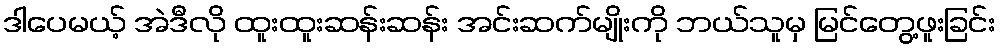
ဒါပေမယ့် အဲဒီလို ထူးထူးဆန်းဆန်း အင်းဆက်မျိုးကို ဘယ်သူမှ မြင်တွေ့ဖူးခြင်း